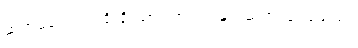
ဆရာမလေးက ရိုးရိုးသားသားပင် နှုတ်ဆက် ပြုံးပြသည်။